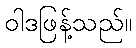
ဝါဒဖြန့်သည်။